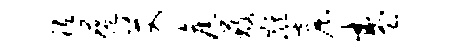
祗蕴艾旧蔽麒窟盛